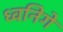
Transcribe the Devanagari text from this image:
ध्वनिगे